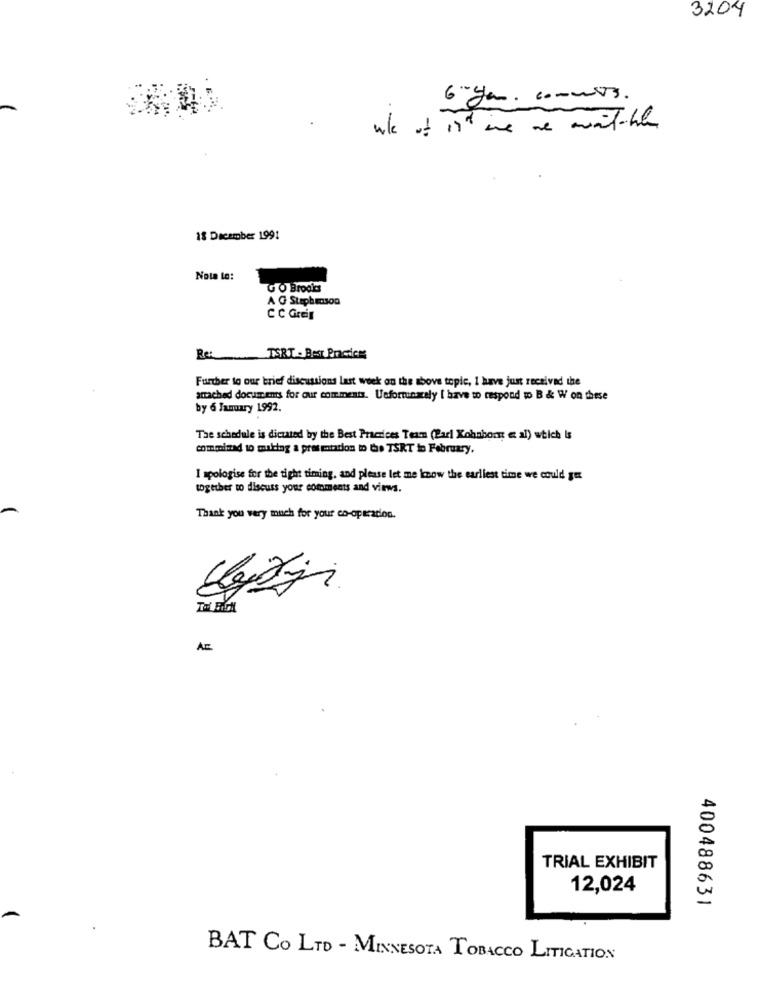
3204
6 gen . comments.
18 December 1991
Nota le:
GO Brodias
A G Stephenson
C C Greig
Re:
TERT - Best Practice
Further to our brief discussions last week on the above topic, I have just received the
attached documents for our comments. Unfortunately [ have to respond wo B & W on these
by 6 January 1992.
The schedule is dictated by the Best Practices Team (Parl Kohnhorst e al) which Is
compinad to making a pres mutation m the TSRT in February.
I apologise for the tight timing, and please let me know the earliest time we could BE
together to discuss your comments and views.
Thank you very much for your co-operation.
Az
TRIAL EXHIBIT
12,024
400488631
BAT CO LTD - MINNESOTA TOBACCO LITIGATION